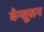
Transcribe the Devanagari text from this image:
बेन्सूसन